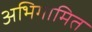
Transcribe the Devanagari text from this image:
अभिगामित